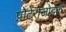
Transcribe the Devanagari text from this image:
प्रोटेरोजोइक